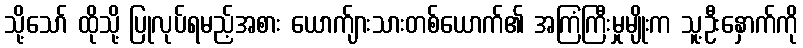
သို့သော် ထိုသို့ ပြုလုပ်ရမည့်အစား ယောက်ျားသားတစ်ယောက်၏ အကြံကြီးမှုမျိုးက သူ့ဦးနှောက်ကို